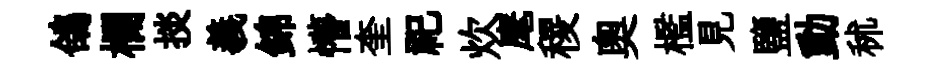
鴿欄掞義錦懵奎祀炊麾稷奧檻見鹽動秫